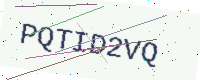
Text: PQTID2VQ